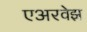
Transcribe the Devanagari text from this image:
एअरवेझ